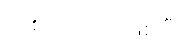
တစ်ယောက်ဖြစ်ပြီး